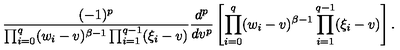
\frac { ( - 1 ) ^ { p } } { \prod _ { i = 0 } ^ { q } ( w _ { i } - v ) ^ { \beta - 1 } \prod _ { i = 1 } ^ { q - 1 } ( \xi _ { i } - v ) } \frac { d ^ { p } } { d v ^ { p } } \left[ \prod _ { i = 0 } ^ { q } ( w _ { i } - v ) ^ { \beta - 1 } \prod _ { i = 1 } ^ { q - 1 } ( \xi _ { i } - v ) \right] .